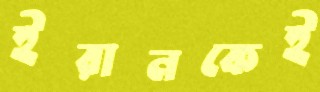
ইরানকেই